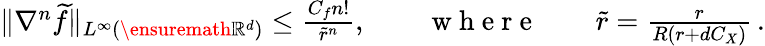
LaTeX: \begin{array}{r}{\| \nabla^{n}\widetilde f\| _{L^{\infty}(\ensuremath{\mathbb{R}^{d}})}\leq\frac{C_{f}n!}{\widetilde r^{n}},\qquad\mathrm{~w~h~e~r~e~}\qquad\widetilde r=\frac{r}{R(r+dC_{X})}\, .}\end{array}